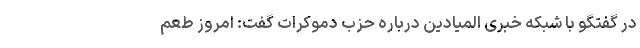
در گفتگو با شبکه خبری المیادین درباره حزب دموکرات گفت: امروز طعم